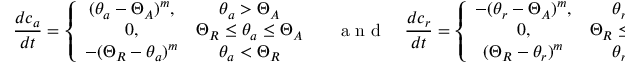
\frac { d c _ { a } } { d t } = \left\{ \begin{array} { c c } { ( \theta _ { a } - \Theta _ { A } ) ^ { m } , } & { \theta _ { a } > \Theta _ { A } } \\ { 0 , } & { \Theta _ { R } \leq \theta _ { a } \leq \Theta _ { A } } \\ { - ( \Theta _ { R } - \theta _ { a } ) ^ { m } } & { \theta _ { a } < \Theta _ { R } } \end{array} \right. \quad \textrm { a n d } \quad \frac { d c _ { r } } { d t } = \left\{ \begin{array} { c c } { - ( \theta _ { r } - \Theta _ { A } ) ^ { m } , } & { \theta _ { r } > \Theta _ { A } } \\ { 0 , } & { \Theta _ { R } \leq \theta _ { r } \leq \Theta _ { A } } \\ { ( \Theta _ { R } - \theta _ { r } ) ^ { m } } & { \theta _ { r } < \Theta _ { R } } \end{array} \right.